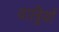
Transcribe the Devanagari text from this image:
यात्र्रियों